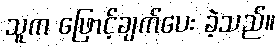
သူက ဖြောင့်ချက်ပေး ခဲ့သည်။